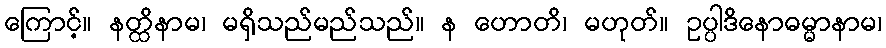
ကြောင့်။ နတ္ထိနာမ၊ မရှိသည်မည်သည်။ န ဟောတိ၊ မဟုတ်။ ဥပ္ပါဒိနောဓမ္မာနာမ၊